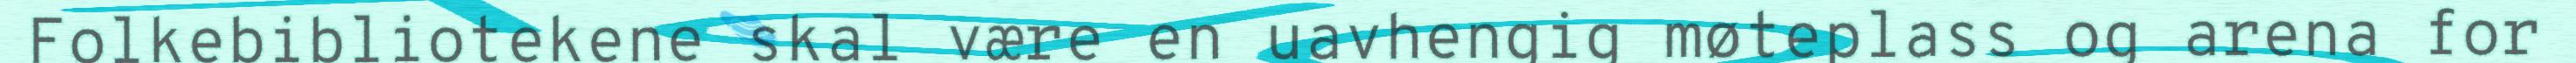
Folkebibliotekene skal være en uavhengig møteplass og arena for